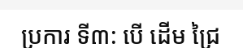
ប្រការ ទី៣: បើ ដើម ជ្រៃ